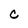
Character: C